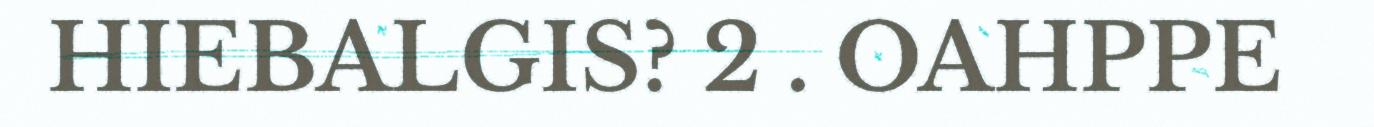
HIEBALGIS? 2 . OAHPPE